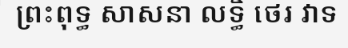
ព្រះពុទ្ធ សាសនា លទ្ធិ ថេរ វាទ